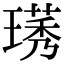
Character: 璓